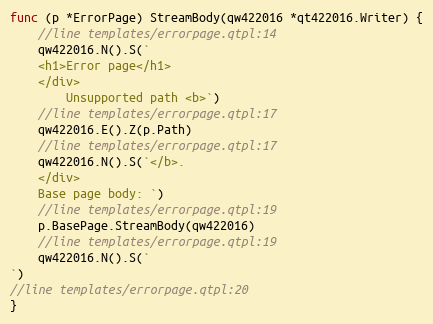
Language: Go
func (p *ErrorPage) StreamBody(qw422016 *qt422016.Writer) {
	//line templates/errorpage.qtpl:14
	qw422016.N().S(`
	<h1>Error page</h1>
	</div>
		Unsupported path <b>`)
	//line templates/errorpage.qtpl:17
	qw422016.E().Z(p.Path)
	//line templates/errorpage.qtpl:17
	qw422016.N().S(`</b>.
	</div>
	Base page body: `)
	//line templates/errorpage.qtpl:19
	p.BasePage.StreamBody(qw422016)
	//line templates/errorpage.qtpl:19
	qw422016.N().S(`
`)
//line templates/errorpage.qtpl:20
}